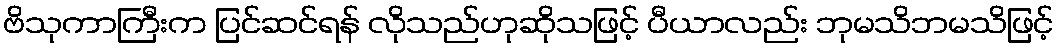
ဗိသုကာကြီးက ပြင်ဆင်ရန် လိုသည်ဟုဆိုသဖြင့် ပီယာလည်း ဘုမသိဘမသိဖြင့်